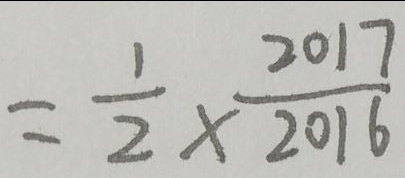
= \frac { 1 } { 2 } \times \frac { 2 0 1 7 } { 2 0 1 6 }